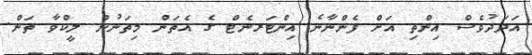
އަދަދުވެސް އިންތި އަށް ފެންނާނެ އިންޓަރނެޓް ގެ އެތަން މިތަނުން ލީކްވާ ތަން.